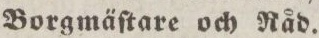
Borgma̋ſtare och Nåd.